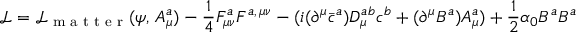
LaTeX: { \mathcal { L } } = { \mathcal { L } } _ { \textrm { m a t t e r } } ( \psi , \, A _ { \mu } ^ { a } ) - { \frac { 1 } { 4 } } F _ { \mu \nu } ^ { a } F ^ { a , \, \mu \nu } - ( i ( \partial ^ { \mu } { \bar { c } } ^ { a } ) D _ { \mu } ^ { a b } c ^ { b } + ( \partial ^ { \mu } B ^ { a } ) A _ { \mu } ^ { a } ) + { \frac { 1 } { 2 } } \alpha _ { 0 } B ^ { a } B ^ { a }